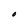
Character: O